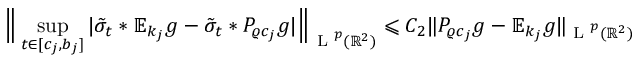
\Big \| \operatorname* { s u p } _ { t \in [ c _ { j } , b _ { j } ] } | \tilde { \sigma } _ { t } \ast \mathbb { E } _ { k _ { j } } g - \tilde { \sigma } _ { t } \ast P _ { \varrho c _ { j } } g | \Big \| _ { \textup { L } ^ { p } ( \mathbb { R } ^ { 2 } ) } \leqslant C _ { 2 } \| P _ { \varrho c _ { j } } g - \mathbb { E } _ { k _ { j } } g \| _ { \textup { L } ^ { p } ( \mathbb { R } ^ { 2 } ) }